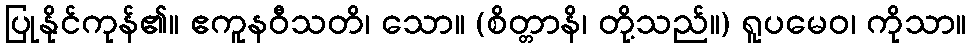
ပြုနိုင်ကုန်၏။ ဧကူနဝီသတိ၊ သော။ (စိတ္တာနိ၊ တို့သည်။) ရူပမေဝ၊ ကိုသာ။